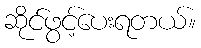
ဆိုင်ဖွင့်ပေးရတယ်။